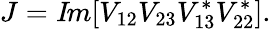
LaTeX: J={\mathit Im}[V_{12}V_{23}V_{13}^{*}V_{22}^{*}].